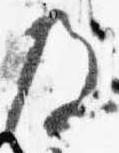
及